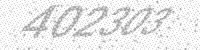
Solution: 402303